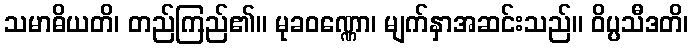
သမာဓိယတိ၊ တည်ကြည်၏။ မုခဝဏ္ဏော၊ မျက်နှာအဆင်းသည်။ ဝိပ္ပသီဒတိ၊